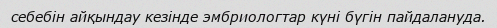
себебін айқындау кезінде эмбриологтар күні бүгін пайдалануда.